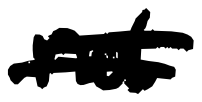
Text: not
Cross-out: double-line
Writing tool: digital_black